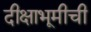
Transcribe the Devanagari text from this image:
दीक्षाभूमीची